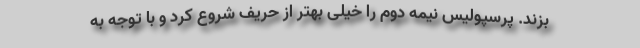
بزند. پرسپولیس نیمه دوم را خیلی بهتر از حریف شروع کرد و با توجه به